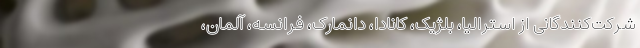
شرکت‌کنندگانی از استرالیا، بلژیک، کانادا، دانمارک، فرانسه، آلمان،